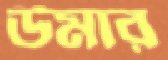
উমার